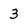
Character: 3